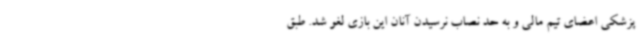
پزشکی اعضای تیم مالی و به حد نصاب نرسیدن آنان این بازی لغو شد. طبق